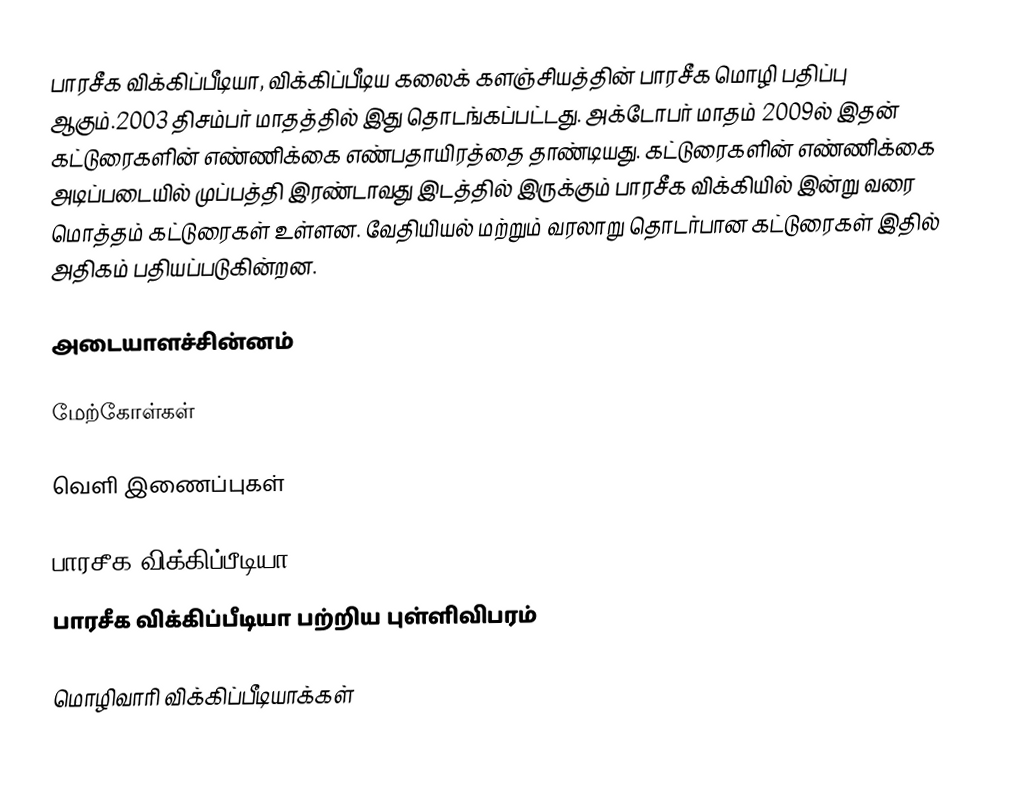
பாரசீக விக்கிப்பீடியா, விக்கிப்பீடிய கலைக் களஞ்சியத்தின் பாரசீக மொழி பதிப்பு ஆகும்.2003 திசம்பர் மாதத்தில் இது தொடங்கப்பட்டது. அக்டோபர் மாதம் 2009ல் இதன் கட்டுரைகளின் எண்ணிக்கை எண்பதாயிரத்தை தாண்டியது. கட்டுரைகளின் எண்ணிக்கை அடிப்படையில் முப்பத்தி இரண்டாவது இடத்தில் இருக்கும் பாரசீக விக்கியில் இன்று வரை மொத்தம் கட்டுரைகள் உள்ளன. வேதியியல் மற்றும் வரலாறு தொடர்பான கட்டுரைகள் இதில் அதிகம் பதியப்படுகின்றன.

அடையாளச்சின்னம்

மேற்கோள்கள்

வெளி இணைப்புகள்

 பாரசீக விக்கிப்பீடியா
 பாரசீக விக்கிப்பீடியா பற்றிய புள்ளிவிபரம்

மொழிவாரி விக்கிப்பீடியாக்கள்